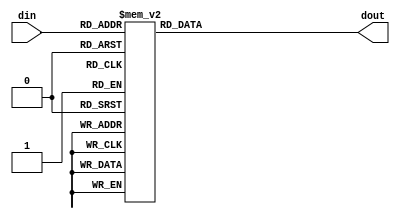
// Copyright 2009 Altera Corporation. All rights reserved.  
// Altera products are protected under numerous U.S. and foreign patents, 
// maskwork rights, copyrights and other intellectual property laws.  
//
// This reference design file, and your use thereof, is subject to and governed
// by the terms and conditions of the applicable Altera Reference Design 
// License Agreement (either as signed by you or found at www.altera.com).  By
// using this reference design file, you indicate your acceptance of such terms
// and conditions between you and Altera Corporation.  In the event that you do
// not agree with such terms and conditions, you may not use the reference 
// design file and please promptly destroy any copies you have made.
//
// This reference design file is being provided on an "as-is" basis and as an 
// accommodation and therefore all warranties, representations or guarantees of 
// any kind (whether express, implied or statutory) including, without 
// limitation, warranties of merchantability, non-infringement, or fitness for
// a particular purpose, are specifically disclaimed.  By making this reference
// design file available, Altera expressly does not recommend, suggest or 
// require that this reference design file be used in combination with any 
// other product not provided by Altera.
/////////////////////////////////////////////////////////////////////////////

// baeckler - 12-15-2008

module pn2112_table (
	input [6:0] din,
	output reg [31:0] dout
);

always @(*) begin
	case (din)
		7'd  0 : dout = 32'hffffffff;
		7'd  1 : dout = 32'h02aaaaff;
		7'd  2 : dout = 32'haaaa8000;
		7'd  3 : dout = 32'h554aaaaa;
		7'd  4 : dout = 32'h0fffff55;
		7'd  5 : dout = 32'haaaa8000;
		7'd  6 : dout = 32'h557ffffa;
		7'd  7 : dout = 32'h55555755;
		7'd  8 : dout = 32'hfffe5555;
		7'd  9 : dout = 32'haa7ffff7;
		7'd 10 : dout = 32'he00002aa;
		7'd 11 : dout = 32'haaa8aaaa;
		7'd 12 : dout = 32'hffd5557a;
		7'd 13 : dout = 32'h00001fff;
		7'd 14 : dout = 32'hfff0aaaa;
		7'd 15 : dout = 32'h5055557f;
		7'd 16 : dout = 32'hd5557d55;
		7'd 17 : dout = 32'hfffffffd;
		7'd 18 : dout = 32'h08aaab1f;
		7'd 19 : dout = 32'h2aaa7000;
		7'd 20 : dout = 32'h551aaaa8;
		7'd 21 : dout = 32'h2dfffdd5;
		7'd 22 : dout = 32'haaaa8000;
		7'd 23 : dout = 32'h55f7ffe1;
		7'd 24 : dout = 32'h7d555ad5;
		7'd 25 : dout = 32'hfffab555;
		7'd 26 : dout = 32'ha8afffd5;
		7'd 27 : dout = 32'h0000002a;
		7'd 28 : dout = 32'haaa2aaab;
		7'd 29 : dout = 32'hfd555580;
		7'd 30 : dout = 32'ha8004aff;
		7'd 31 : dout = 32'hffd02aa8;
		7'd 32 : dout = 32'h4ab5557f;
		7'd 33 : dout = 32'ha555ff55;
		7'd 34 : dout = 32'hffd57ff0;
		7'd 35 : dout = 32'h282aafaf;
		7'd 36 : dout = 32'haaa88200;
		7'd 37 : dout = 32'h54e1aaaa;
		7'd 38 : dout = 32'hda7ff75d;
		7'd 39 : dout = 32'h4aa82800;
		7'd 40 : dout = 32'h577dffb0;
		7'd 41 : dout = 32'h7fd57885;
		7'd 42 : dout = 32'hffe1b555;
		7'd 43 : dout = 32'ha525ff5d;
		7'd 44 : dout = 32'he500282a;
		7'd 45 : dout = 32'h2a8082af;
		7'd 46 : dout = 32'hffd55752;
		7'd 47 : dout = 32'ha201ab1f;
		7'd 48 : dout = 32'h7f2adaa2;
		7'd 49 : dout = 32'h1fe557fd;
		7'd 50 : dout = 32'h075755d5;
		7'd 51 : dout = 32'hffd57fd0;
		7'd 52 : dout = 32'haaa2b554;
		7'd 53 : dout = 32'h02a5ff80;
		7'd 54 : dout = 32'h50554a80;
		7'd 55 : dout = 32'h2aafd7ff;
		7'd 56 : dout = 32'haaaaaa82;
		7'd 57 : dout = 32'h5dfffe4a;
		7'd 58 : dout = 32'hd5558fff;
		7'd 59 : dout = 32'h57b00057;
		7'd 60 : dout = 32'h87557dd5;
		7'd 61 : dout = 32'hffe02aaa;
		7'd 62 : dout = 32'h5a0800b4;
		7'd 63 : dout = 32'hd7ffdad5;
		7'd 64 : dout = 32'haa854aaf;
		7'd 65 : dout = 32'hfdfaa880;
		default : dout = 32'h0;
	endcase
end

endmodule